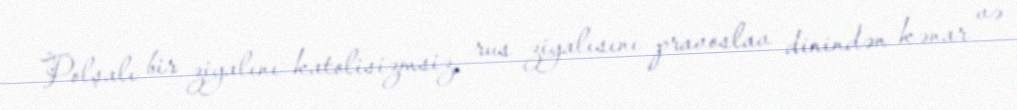
Polşalı bir ziyalını katolisizmsiz, rus ziyalısını pravoslav dinindən kənar və